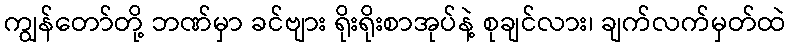
ကျွန်တော်တို့ ဘဏ်မှာ ခင်ဗျား ရိုးရိုးစာအုပ်နဲ့ စုချင်လား၊ ချက်လက်မှတ်ထဲ